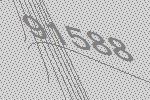
91588